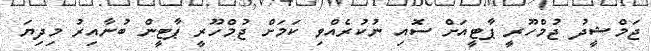
ޖަމްޝީދު ޖުމްހޫރީ ޕާޓީއަށް ސޮއި ނުކުރެއްވި ކަމަށް ޖުމްހޫރީ ޕާޓީން ބުނާއިރު މިދިޔަ